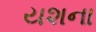
યશના